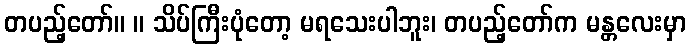
တပည့်တော်။ ။ သိပ်ကြီးပုံတော့ မရသေးပါဘူး၊ တပည့်တော်က မန္တလေးမှာ